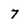
Character: 7